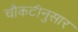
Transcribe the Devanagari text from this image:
चौकटीनुसार